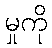
မှုကို